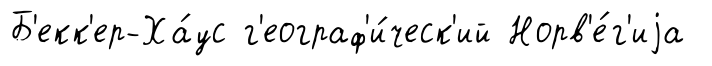
Б'екк'ер-Ха́ус г'еограф'и́ческ'ий Норв'е́г'иjа